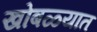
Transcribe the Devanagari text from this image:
खोबळ्यात